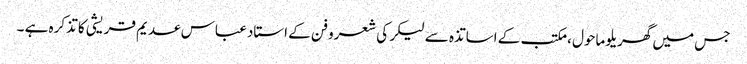
جس میں گھریلو ماحول ، مکتب کے اساتذہ سے لیکر کی شعرو فن کے استاد عباس عدیم قریشی کا تذکرہ ہے ۔